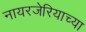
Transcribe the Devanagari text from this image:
नायरजेरियाच्या